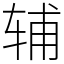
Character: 辅